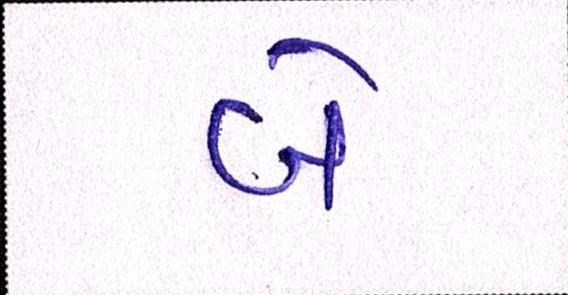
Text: બે